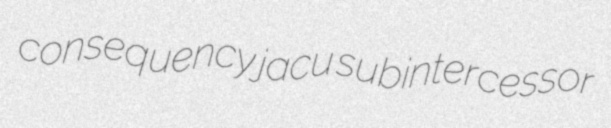
consequency jacu subintercessor